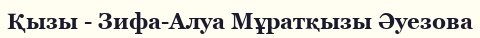
Қызы - Зифа-Алуа Мұратқызы Әуезова